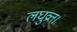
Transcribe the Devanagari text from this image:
लघुव्रत।